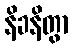
နိခနိတွာ